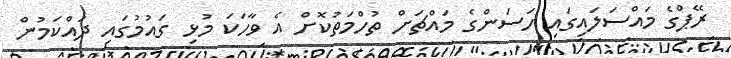
ރޭޕްގެ މައްސަލައިގައި ހަސަންގެ މައްޗަށް ތުހްމަތުކޮށް އެ ވާހަކަ މުޅި ގައުމުގައި ދައްކަމުން